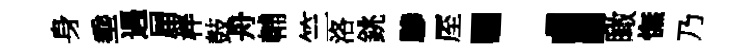
身埀遇屇柈鼓舟輔竺洛銚驂厔；瞰憮乃